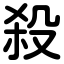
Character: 殺